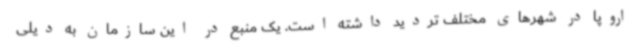
اروپا در شهرهای مختلف تردید داشته است. یک منبع در این سازمان به دیلی